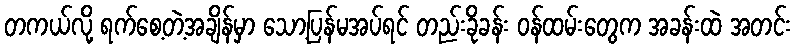
တကယ်လို့ ရက်စေ့တဲ့အချိန်မှာ သော့ပြန်မအပ်ရင် တည်းခိုခန်း ဝန်ထမ်းတွေက အခန်းထဲ အတင်း